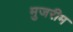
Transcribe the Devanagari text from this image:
मुजरीम